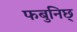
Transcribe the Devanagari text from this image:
फबुनिछ्